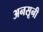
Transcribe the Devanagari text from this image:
अनसूनी